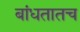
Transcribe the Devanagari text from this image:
बांधतातच